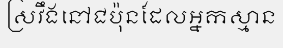
ស្រវឹងនៅជប៉ុនដែលអ្នកស្មាន